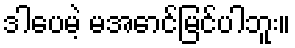
ဒါပေမဲ့ မအောင်မြင်ပါဘူး။